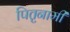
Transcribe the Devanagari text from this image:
पितृनामी